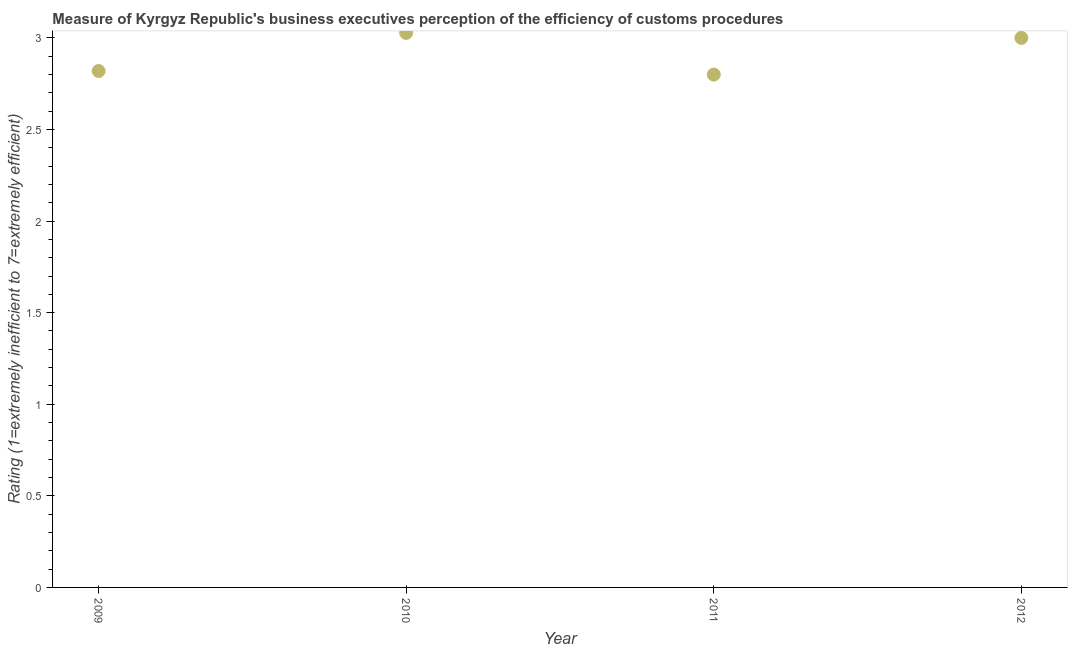
| Year | Burden of customs procedure |
 | --- | --- |
 | 2009 | 2.82 |
 | 2010 | 3.03 |
 | 2011 | 2.8 |
 | 2012 | 3 |